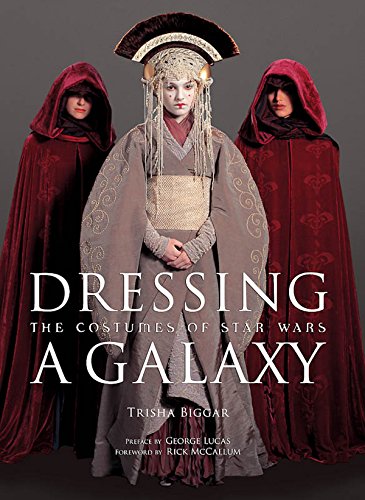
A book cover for Dressing a Galaxy: The Costumes of Star Wars; Trisha Biggar; Humor & Entertainment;